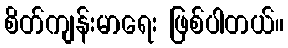
စိတ်ကျန်းမာရေး ဖြစ်ပါတယ်။